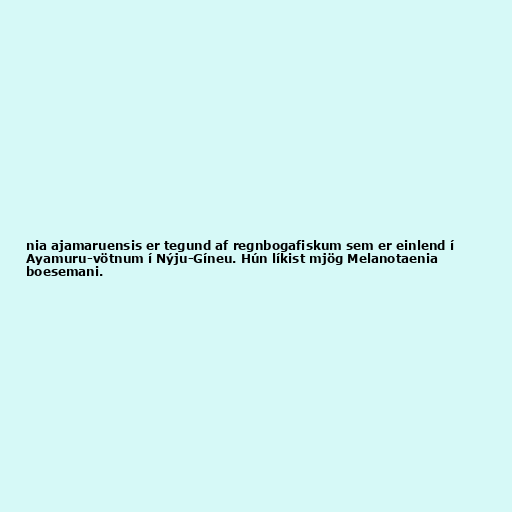
nia ajamaruensis er tegund af regnbogafiskum sem er einlend í
Ayamuru-vötnum í Nýju-Gíneu. Hún líkist mjög Melanotaenia
boesemani.